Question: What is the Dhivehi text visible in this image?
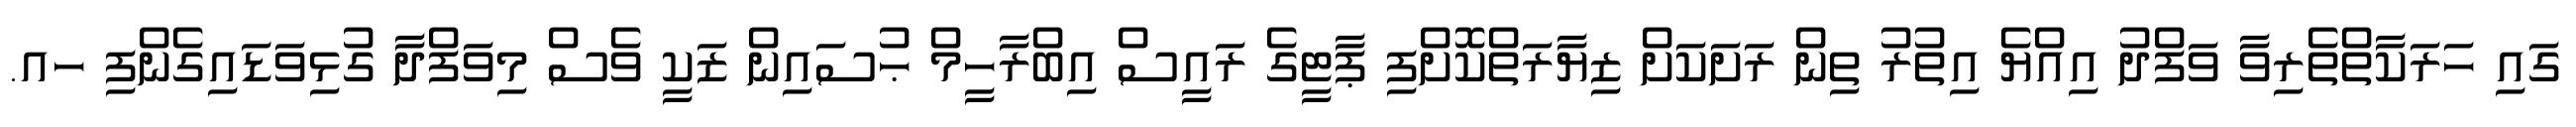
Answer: ގައި ހަރަކާތްތެރިވާ ވަފްދު އިއްޔެ އިތުރު ތިން ރަށަކަށް ޒިޔާރަތްކޮށްފި ޕާޓީގެ ރައީސް އިބްރާހީމް ޙުސައިން ޒަކީ ވެސް މިވަފްދާ ގުޅިވަޑައިގެންފި ހއ.